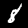
Label: 8